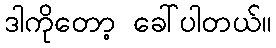
ဒါကိုတော့ ခေါ်ပါတယ်။